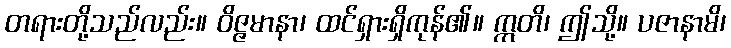
တရားတို့သည်လည်း။ ဝိဇ္ဇမာနာ၊ ထင်ရှားရှိကုန်၏။ ဣတိ၊ ဤသို့။ ပဇာနာမိ၊